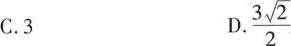
C.3 D.\frac{3 \sqrt{2}}{2}